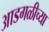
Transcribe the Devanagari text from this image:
आडगळीच्या